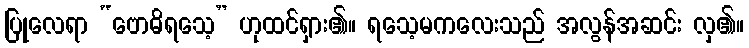
ပြုလေရာ “ဗောဓိရသေ့” ဟုထင်ရှား၏။ ရသေ့မကလေးသည် အလွန်အဆင်း လှ၏။